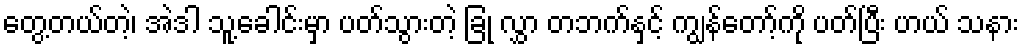
တွေ့တယ်တဲ့၊ အဲဒါ သူ့ခေါင်းမှာ ပတ်သွားတဲ့ ခြုံ လွှာ တဘက်နှင့် ကျွန်တော့်ကို ပတ်ပြီး ဟယ် သနား